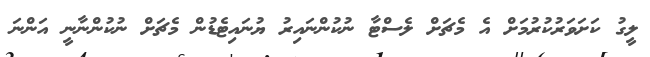
ލީގު ކަށަވަރުކުރުމަށް އެ މެޗަށް ލެސްޓާ ނުކުންނައިރު ޔުނައިޓެޑުން މެޗަށް ނުކުންނާނީ އަންނަ